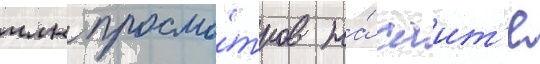
млн просмо́тров на́ саит'е